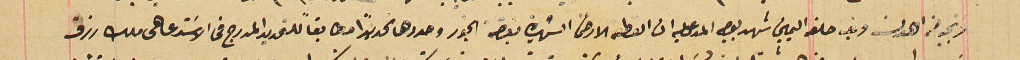
فرنجيه من اهدن وغب حلفه اليمين شهد بوجه المدعى عليه ان القطعة الارض الشهيرة بغضة الجور وحدودها تحديداً مطابقاً للتحديد المدرج فى الاستدعا ملك رزق